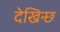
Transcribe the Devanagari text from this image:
देखिन्छ